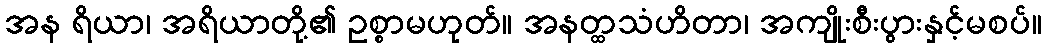
အန ရိယာ၊ အရိယာတို့၏ ဥစ္စာမဟုတ်။ အနတ္ထသံဟိတာ၊ အကျိုးစီးပွားနှင့်မစပ်။